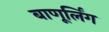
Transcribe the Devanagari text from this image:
बाणूर्लिंग